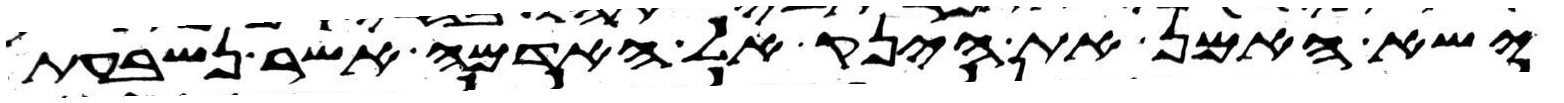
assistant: ישא האמן את הינק אל האדמה אשר נשבעת